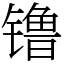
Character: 镥